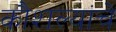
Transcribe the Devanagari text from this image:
कौशल्यांचे